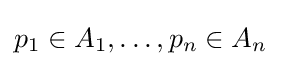
p_{1}\in A_{1},\ldots ,p_{n}\in A_{n}